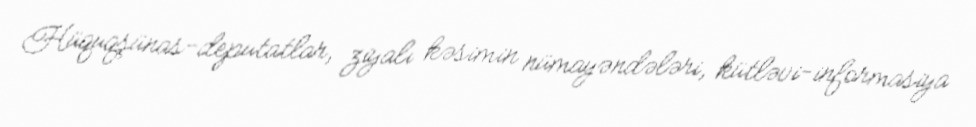
Hüquqşünas-deputatlar, ziyalı kəsimin nümayəndələri, kütləvi-informasiya